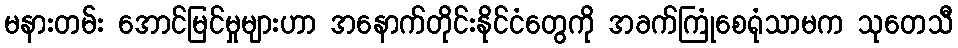
မနားတမ်း အောင်မြင်မှုများဟာ အနောက်တိုင်းနိုင်ငံတွေကို အခက်ကြုံစေရုံသာမက သုတေသီ